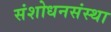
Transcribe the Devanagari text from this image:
संशोधनसंस्था